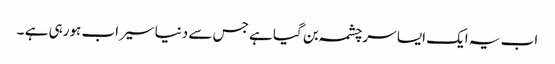
اب یہ ایک ایسا سرچشمہ بن گیا ہے جس سے دنیا سیراب ہورہی ہے ۔